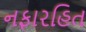
નફારહિત